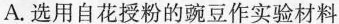
A.选用自花授粉的豌豆作实验材料